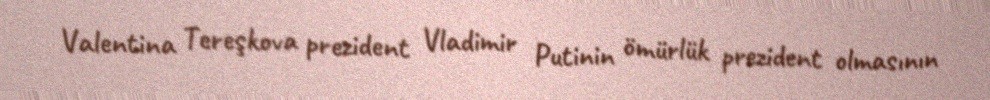
Valentina Tereşkova prezident Vladimir Putinin ömürlük prezident olmasının